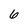
Character: 6